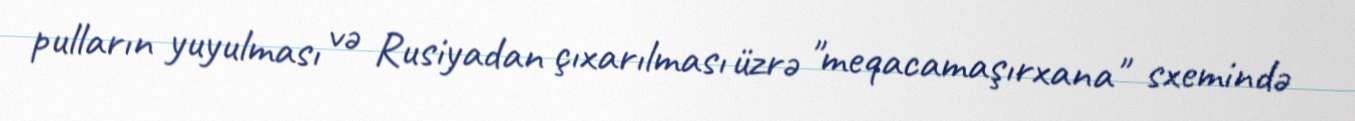
pulların yuyulması və Rusiyadan çıxarılması üzrə "meqacamaşırxana" sxemində